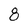
Character: 8